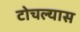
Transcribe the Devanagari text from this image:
टोचल्यास